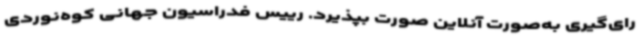
رای‌گیری به‌صورت آنلاین صورت بپذیرد. رییس فدراسیون جهانی کوه‌نوردی